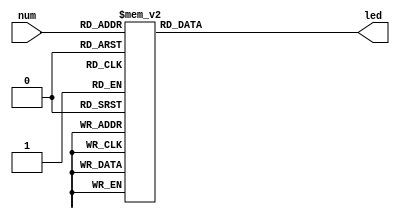
`timescale 1ns / 1ps
//////////////////////////////////////////////////////////////////////////////////
// Company: 
// Engineer: 
// 
// Design Name: 
// Module Name: seven_segment
// Project Name: 
// Target Devices: 
// Tool Versions: 
// Description: 
// 
// Dependencies: 
// 
// Revision:
// Revision 0.01 - File Created
// Additional Comments:
// 
//////////////////////////////////////////////////////////////////////////////////

module seven_segment(input [3:0] num,
                     output reg [6:0] led);
always @(*) begin
        case(num)
            4'b0000:
            led <= 7'b0000001;//0
            4'b0001:
            led <= 7'b1001111;//1
            4'b0010:
            led <= 7'b0010010;//2
            4'b0011:
            led <= 7'b0000110; //3
            4'b0100:
            led <= 7'b1001100; //4
            4'b0101:
            led <= 7'b0100100;//5
            4'b0110:
            led <= 7'b0100000;//6
            4'b0111:
            led <= 7'b0001111; //7
            4'b1000:
            led <= 7'b0000000; //8
            4'b1001:
            led <= 7'b0000100; //9
            default:
            led <= 7'b0000001;//0
        endcase
    end
//    else begin
//        led <= 7'b0000001;//0
//    end
endmodule